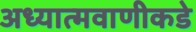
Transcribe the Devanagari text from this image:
अध्यात्मवाणीकडे